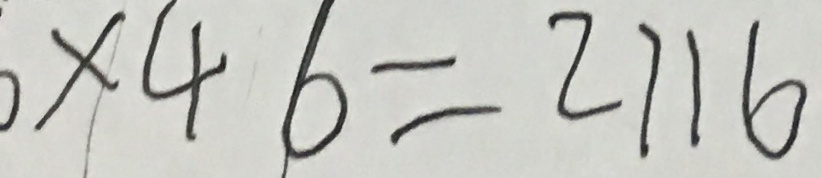
6 \times 4 6 = 2 7 1 6